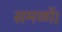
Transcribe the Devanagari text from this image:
समळों।